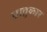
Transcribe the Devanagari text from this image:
धातुकार